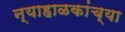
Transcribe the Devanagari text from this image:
न्याहाळकांच्या